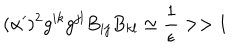
LaTeX: ( \alpha ^ { \prime } ) ^ { 2 } g ^ { i k } g ^ { j l } B _ { i j } B _ { k l } \simeq { \frac { 1 } { \epsilon } } > > 1